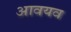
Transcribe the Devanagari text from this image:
आवयव